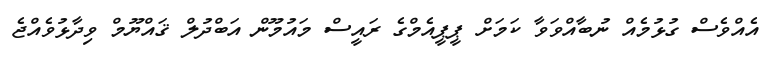
އެއްވެސް ގުޅުމެއް ނުބާއްވަވާ ކަމަށް ޕީޕީއެމްގެ ރައީސް މައުމޫން އަބްދުލް ޤައްޔޫމް ވިދާޅުވެއްޖެ